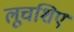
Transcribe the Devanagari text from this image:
लूचशिए